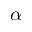
\alpha